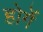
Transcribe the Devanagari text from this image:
होगेंं